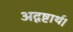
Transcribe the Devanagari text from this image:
अदृष्टार्थ।